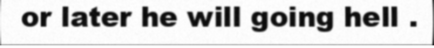
or later he will going hell .